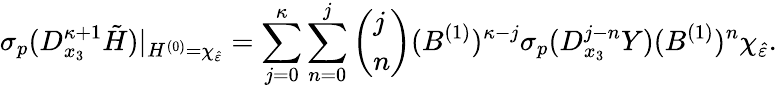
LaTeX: \sigma_{p}(D_{x_{3}}^{\kappa+1}\tilde{H})\vert_{H^{(0)}=\chi_{\hat{\varepsilon}}}=\sum_{j=0}^{\kappa}\sum_{n=0}^{j}\left(\begin{array}{l}{j}\\ {n}\end{array}\right)(B^{(1)})^{\kappa-j}\sigma_{p}(D_{x_{3}}^{j-n}Y)(B^{(1)})^{n}\chi_{\hat{\varepsilon}}.